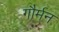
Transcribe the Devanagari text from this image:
गौर्मन